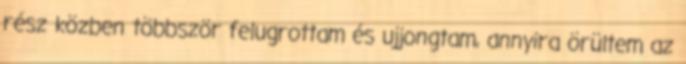
rész közben többször felugrottam és ujjongtam, annyira örültem az